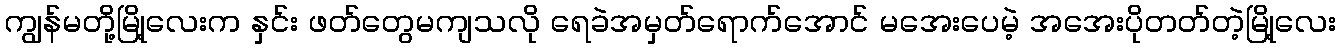
ကျွန်မတို့မြို့လေးက နှင်း ဖတ်တွေမကျသလို ရေခဲအမှတ်ရောက်အောင် မအေးပေမဲ့ အအေးပိုတတ်တဲ့မြို့လေး